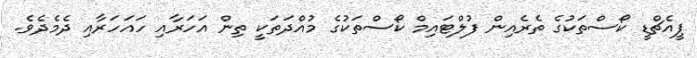
ޕީއެޗްޑީ ކޯސްތަކުގެ ތެރެއިން ފުލްޓައިމް ކޯސްތަކުގެ މުއްދަތަކީ ތިން އަހަރާއި ހައަހަރާއި ދެމެދެވެ.